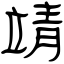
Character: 靖